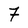
Character: 7